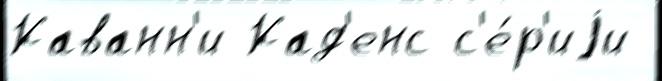
Каванн'и Кад'енс с'е́р'иjи